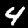
Label: 4